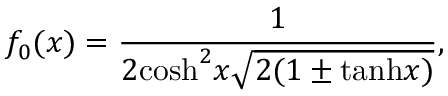
f _ { 0 } ( x ) = \frac { 1 } { 2 \mathrm { c o s h } ^ { 2 } x \sqrt { 2 ( 1 \pm \mathrm { t a n h } x ) } } ,